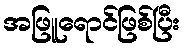
အဖြူရောင်ဖြစ်ပြီး